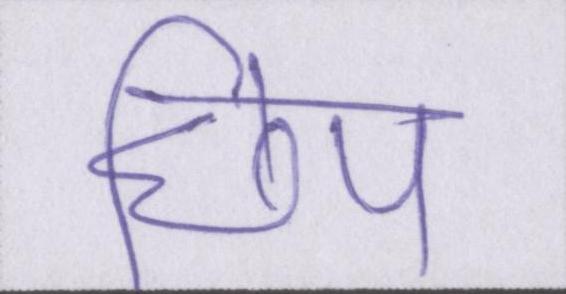
छिप